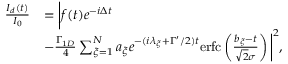
\begin{array} { r l } { \frac { I _ { d } ( t ) } { I _ { 0 } } } & { = \bigg | f ( t ) e ^ { - i \Delta t } } \\ & { - \frac { \Gamma _ { 1 D } } { 4 } \sum _ { \xi = 1 } ^ { N } a _ { \xi } e ^ { - ( i \lambda _ { \xi } + \Gamma ^ { \prime } / 2 ) t } \mathrm { e r f c } \left( \frac { b _ { \xi } - t } { \sqrt { 2 } \sigma } \right) \bigg | ^ { 2 } , } \end{array}